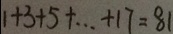
1 + 3 + 5 + \cdots + 1 7 = 8 1